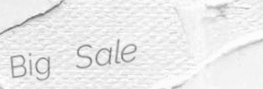
Big Sale